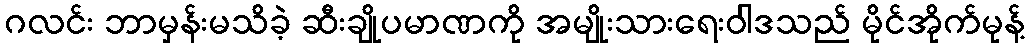
ဂလင်း ဘာမှန်းမသိခဲ့ ဆီးချိုပမာဏကို အမျိုးသားရေးဝါဒသည် မိုင်အိုက်မုန့်